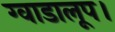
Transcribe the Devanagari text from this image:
ग्वाडालूप।